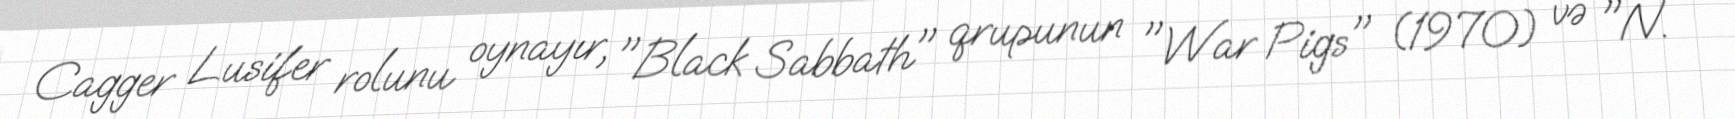
Cagger Lusifer rolunu oynayır, "Black Sabbath" qrupunun "War Pigs" (1970) və "N.